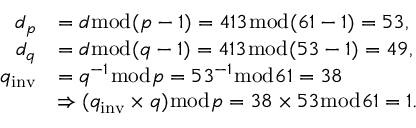
{ \begin{array} { r l } { d _ { p } } & { = d { \bmod { ( } } p - 1 ) = 4 1 3 { \bmod { ( } } 6 1 - 1 ) = 5 3 , } \\ { d _ { q } } & { = d { \bmod { ( } } q - 1 ) = 4 1 3 { \bmod { ( } } 5 3 - 1 ) = 4 9 , } \\ { q _ { \mathrm { i n v } } } & { = q ^ { - 1 } { \bmod { p } } = 5 3 ^ { - 1 } { \bmod { 6 } } 1 = 3 8 } \\ & { \Rightarrow ( q _ { \mathrm { i n v } } \times q ) { \bmod { p } } = 3 8 \times 5 3 { \bmod { 6 } } 1 = 1 . } \end{array} }